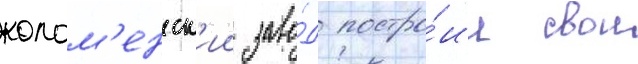
колом'енск'ии заво́д постро́ил свои